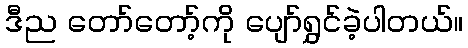
ဒီည တော်တော့်ကို ပျော်ရွှင်ခဲ့ပါတယ်။